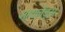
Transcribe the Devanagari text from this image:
आयलैंड्स